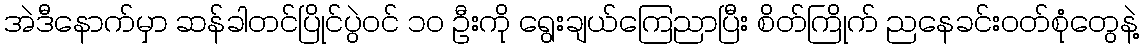
အဲဒီနောက်မှာ ဆန်ခါတင်ပြိုင်ပွဲဝင် ၁ဝ ဦးကို ရွေးချယ်ကြေညာပြီး စိတ်ကြိုက် ညနေခင်းဝတ်စုံတွေနဲ့